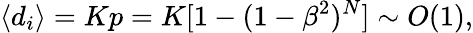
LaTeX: \langle d_{i}\rangle=Kp=K[1-(1-\beta^{2})^{N}]\sim O(1),